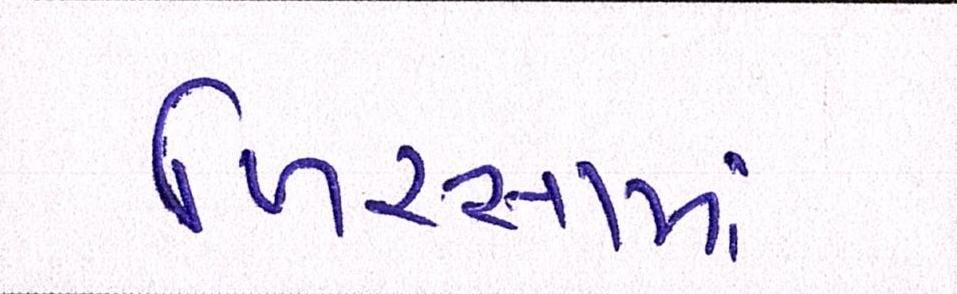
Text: ખિસ્સામાં